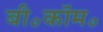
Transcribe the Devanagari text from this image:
बी॰कॉम॰